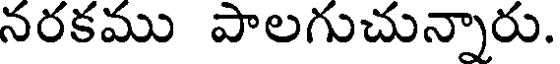
నరకము పాలగుచున్నారు.